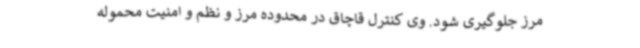
مرز جلوگیری شود. وی کنترل قاچاق در محدوده مرز و نظم و امنیت محموله